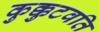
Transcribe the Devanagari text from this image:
कुक्कुटवति